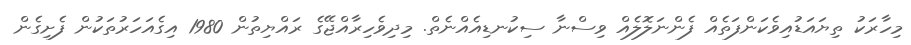
މިހާރަކު ތިޔައަޑުއިވެކަންފަތެއް ފެންނަލޮލެއް ވިސްނާ ސިކުނޑިއެއްނެތް. މިދިވެހިރާއްޖޭގެ ރައްޔިތުން 1980 އިގެއަހަރުތަކުން ފެށިގެން